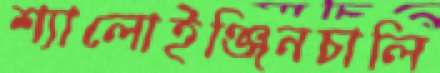
শ্যালোইঞ্জিনচালি